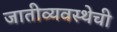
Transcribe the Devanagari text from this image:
जातीव्यवस्थेची